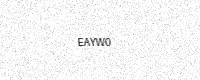
Text: EAYW0